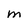
Character: M